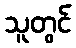
သူတွင်